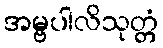
အမ္ဗပါလိသုတ္တံ